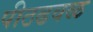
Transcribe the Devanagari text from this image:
पीठढवळ